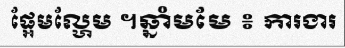
ផ្អែមល្ហែម ។ឆ្នាំមមែ ៖ ការងារ